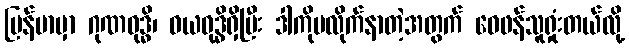
မြန်မာမှာ ဂုဏဝုဒ္ဓိ၊ ဝယဝုဒ္ဓိရှိပြီး ဒါကိုမလိုက်နာတဲ့အတွက် ဝေဖန်သူရှုံးတယ်လို့